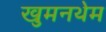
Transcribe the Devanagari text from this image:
खुमनथेम